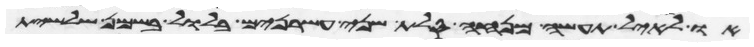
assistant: או לאיל תעשה מנחה סלת שני עשרנים בלול בשמן שלשית